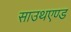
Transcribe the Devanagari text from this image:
साउथएण्ड